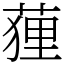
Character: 䔆